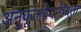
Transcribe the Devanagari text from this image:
अनुकूलवेदनीयता